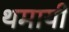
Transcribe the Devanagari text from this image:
थमायी